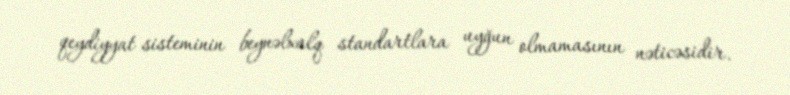
qeydiyyat sisteminin beynəlxalq standartlara uyğun olmamasının nəticəsidir.